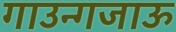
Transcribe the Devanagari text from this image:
गाउन्गजाऊ